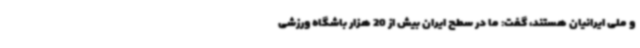
و ملی ایرانیان هستند، گفت: ما در سطح ایران بیش از 20 هزار باشگاه ورزشی